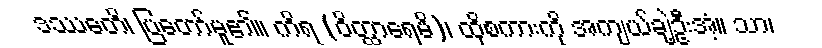
ဒဿေတိ၊ ပြတော်မူ၏။ ကိရ (ဝိတ္ထာရေမိ)၊ ထိုစကားကို အကျယ်ချဲ့ဦးအံ့။ သာ၊